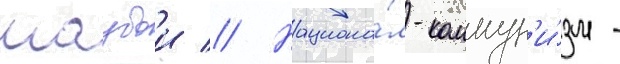
маубои // Национа́л-коммун'и́зм -